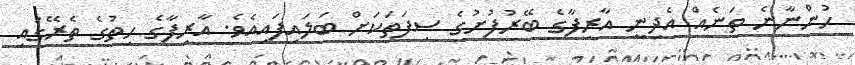
ހުންނާނެ ތަނެއް އެދިނީ އާރިފާގެ ބޭރުފުށުގެ ސިފަތަކަށް ބަލައިފައިއެވެ. އާރިފާގެ ހިތުގެ ތެރޭގައި